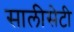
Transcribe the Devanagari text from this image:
सालीसेटी